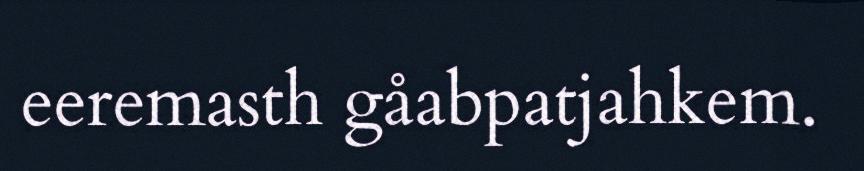
eeremasth gåabpatjahkem.